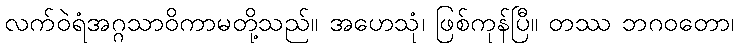
လက်ဝဲရံအဂ္ဂသာဝိကာမတို့သည်။ အဟေသုံ၊ ဖြစ်ကုန်ပြီ။ တဿ ဘဂဝတော၊